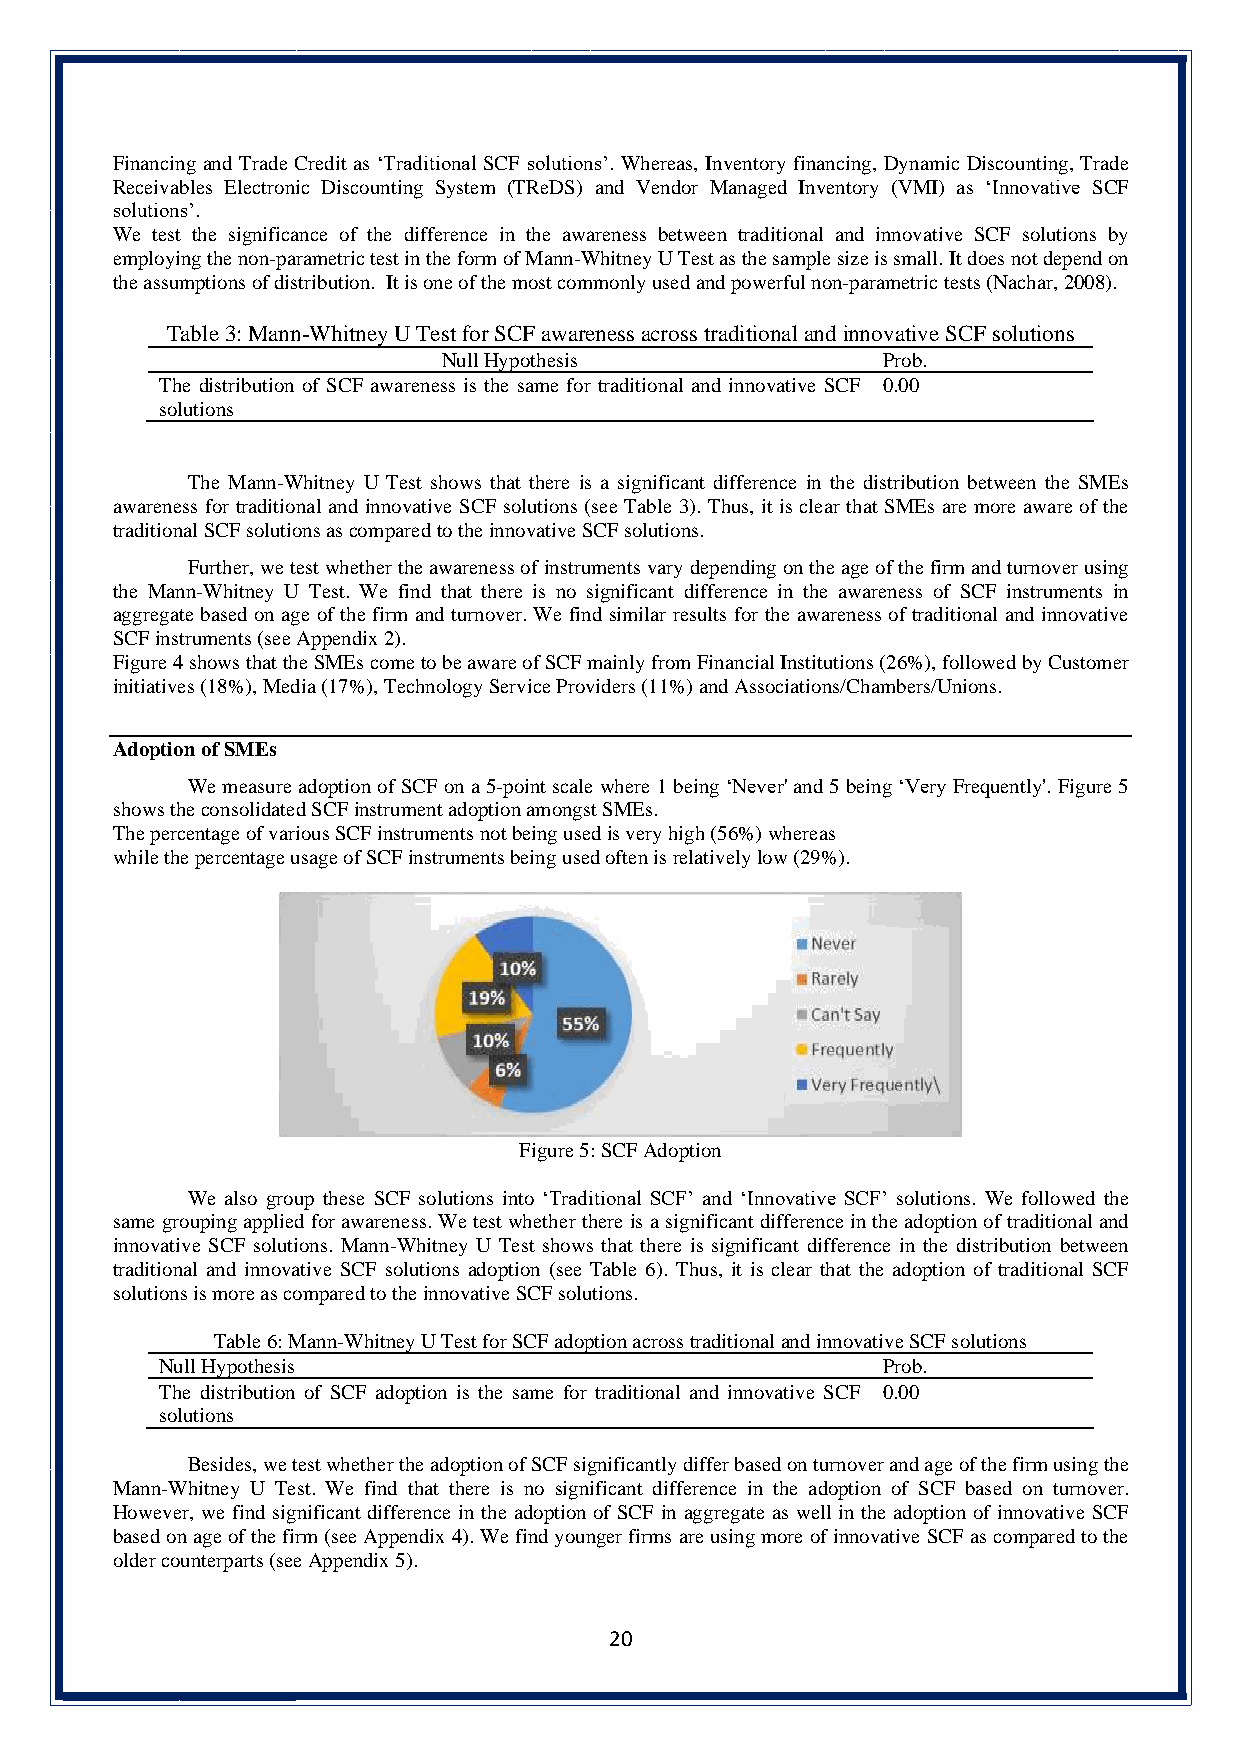
Financing and Trade Credit as ‘Traditional SCF solutions’. Whereas, Inventory financing, Dynamic Discounting, Trade
 Receivables Electronic Discounting System (TReDS) and Vendor Managed Inventory (VMI) as ‘Innovative SCF
 solutions’.
 We test the significance of the difference in the awareness between traditional and innovative SCF solutions by
 employing the non-parametric test in the form of Mann-Whitney U Test as the sample size is small. It does not depend on
 the assumptions of distribution. It is one of the most commonly used and powerful non-parametric tests (Nachar, 2008).
 Table 3: Mann-Whitney U Test for SCF awareness across traditional and innovative SCF solutions
 Null Hypothesis              Prob.
 The distribution of SCF awareness is the same for traditional and innovative SCF 0.00
 solutions
 The Mann-Whitney U Test shows that there is a significant difference in the distribution between the SMEs
 awareness for traditional and innovative SCF solutions (see Table 3). Thus, it is clear that SMEs are more aware of the
 traditional SCF solutions as compared to the innovative SCF solutions.
 Further, we test whether the awareness of instruments vary depending on the age of the firm and turnover using
 the Mann-Whitney U Test. We find that there is no significant difference in the awareness of SCF instruments in
 aggregate based on age of the firm and turnover. We find similar results for the awareness of traditional and innovative
 SCF instruments (see Appendix 2).
 Figure 4 shows that the SMEs come to be aware of SCF mainly from Financial Institutions (26%), followed by Customer
 initiatives (18%), Media (17%), Technology Service Providers (11%) and Associations/Chambers/Unions.
 Adoption of SMEs
 We measure adoption of SCF on a 5-point scale where 1 being ‘Never' and 5 being ‘Very Frequently'. Figure 5
 shows the consolidated SCF instrument adoption amongst SMEs.
 The percentage of various SCF instruments not being used is very high (56%) whereas
 while the percentage usage of SCF instruments being used often is relatively low (29%).
 Figure 5: SCF Adoption
 We also group these SCF solutions into ‘Traditional SCF’ and ‘Innovative SCF’ solutions. We followed the
 same grouping applied for awareness. We test whether there is a significant difference in the adoption of traditional and
 innovative SCF solutions. Mann-Whitney U Test shows that there is significant difference in the distribution between
 traditional and innovative SCF solutions adoption (see Table 6). Thus, it is clear that the adoption of traditional SCF
 solutions is more as compared to the innovative SCF solutions.
 Table 6: Mann-Whitney U Test for SCF adoption across traditional and innovative SCF solutions
 Null Hypothesis                                Prob.
 The distribution of SCF adoption is the same for traditional and innovative SCF 0.00
 solutions
 Besides, we test whether the adoption of SCF significantly differ based on turnover and age of the firm using the
 Mann-Whitney U Test. We find that there is no significant difference in the adoption of SCF based on turnover.
 However, we find significant difference in the adoption of SCF in aggregate as well in the adoption of innovative SCF
 based on age of the firm (see Appendix 4). We find younger firms are using more of innovative SCF as compared to the
 older counterparts (see Appendix 5).
 20